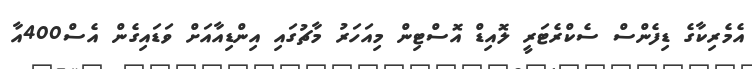
އެމެރިކާގެ ޑިފެންސް ސެކްރެޓަރީ ލޮއިޑް އޮސްޓިން މިއަހަރު މާޗުގައި އިންޑިއާއަށް ވަޑައިގެން އެސް400އާ